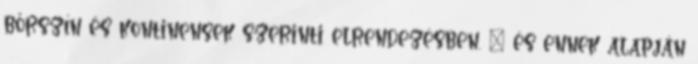
bőrszín és kontinensek szerinti elrendezésben. ” és ennek alapján